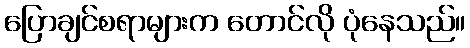
ပြောချင်စရာများက တောင်လို ပုံနေသည်။